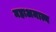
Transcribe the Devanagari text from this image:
महाअमात्य